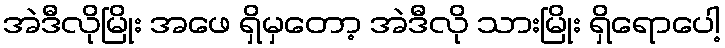
အဲဒီလိုမြိုး အဖေ ရှိမှတော့ အဲဒီလို သားမြိုး ရှိရောပေါ့